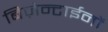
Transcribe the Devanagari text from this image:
बिज़ेन्टाईनों